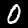
Label: 0